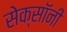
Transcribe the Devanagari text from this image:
सेक्सॉनी